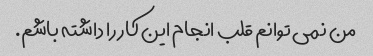
من نمی توانم قلب انجام این کار را داشته باشم.